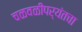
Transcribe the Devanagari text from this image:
चळवळीपर्यंतचा